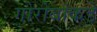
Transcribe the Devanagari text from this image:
गोरोबांकडे